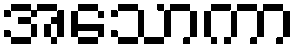
အသောကာ